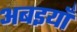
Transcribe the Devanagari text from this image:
अबइयाँ